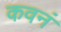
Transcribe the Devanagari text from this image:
कवनं